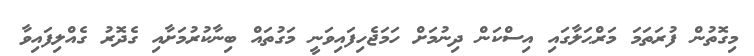
މިގޮތުން ފުރަތަމަ މަރްޙަލާގައި އިސްކަން ދިނުމަށް ހަމަޖެހިފައިވަނީ މަގުތައް ބިނާކުރުމަށާއި ގެދޮރު ގެއްލިފައިވާ